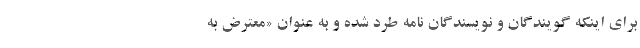
برای اینکه گویندگان و نویسندگان نامه طرد شده و به عنوان «معترض به